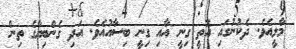
މާލީއެވެ. ދެކުނުގައި އޮތީ ގިނީ އާއި ގިނީ ބިސާއުއެވެ. އަދި ގެންބިޔާގެ ތިން